system: You are a helpful assistant.
user:
Analyze the provided spectrum to determine if it is a **M-type Giant (gM)**.

A M-type Giant spectrum is defined by its **strong molecular absorption** features, particularly from **Titanium Oxide (TiO)**. You must check for one of the following mutually exclusive signatures:

- **Key Visual Indicators (Absorption-Dominated Spectrum):**

    - **(Primary):** The spectrum is dominated by strong molecular absorption from **Titanium Oxide (TiO)**. This is the **defining feature** of its M-type temperature class.
        - **(Key Bandheads):** Look for sharp, "saw-tooth" absorption valleys. The strongest are located near **~7050 Å**, **~6160 Å**, and **~5170 Å**.
        - **(Line Profile):** The "saw-tooth" morphology is critical: a **sharp, steep drop on the BLUE (short-wavelength) side** of the bandhead, followed by a gradual recovery (rising flux) towards the RED (long-wavelength) side.

    - **(Key Confirmation - Giant vs. Dwarf):** **ABSENCE** of strong **Calcium Hydride (CaH)** molecular bands. This is the primary diagnostic for *excluding* M-dwarfs.
        - **(Key Region):** The spectrum should lack the strong, broad absorption band seen in dwarfs between **~6800 Å and ~7000 Å**.

    - **(Secondary Confirmation - Giant):** A very strong and broad **Neutral Calcium (Ca I)** atomic absorption line.
        - **(Key Line):** Located at **~4226 Å**. In a giant (gM), this line is significantly deeper and broader than the same line in an M-dwarf (dM) due to low surface gravity.

    - **(Overall Spectrum):**
        - The continuum is **extremely red-sloping** (i.e., flux is very low in the blue and rises dramatically towards the red).
        - The entire spectrum appears "chopped up" by the deep TiO bands.

Think first, call **spectral_visualization_tool** if needed to examine features in detail, then provide your final answer. Your response must adhere to the following strict rules:
1.  **Overall Structure:** Your response must follow the format `<think>...</think> <tool_call>...</tool_call> (if a tool is used) <answer>...</answer>`.
2.  **Tool Usage Constraint:** You may only make **one** tool call per turn.
3.  **Final Answer Format:** In the `<answer>` tag, your conclusion must be inside a `\boxed{}` command (e.g., `\boxed{YES}` or `\boxed{NO}`), followed by your justification.

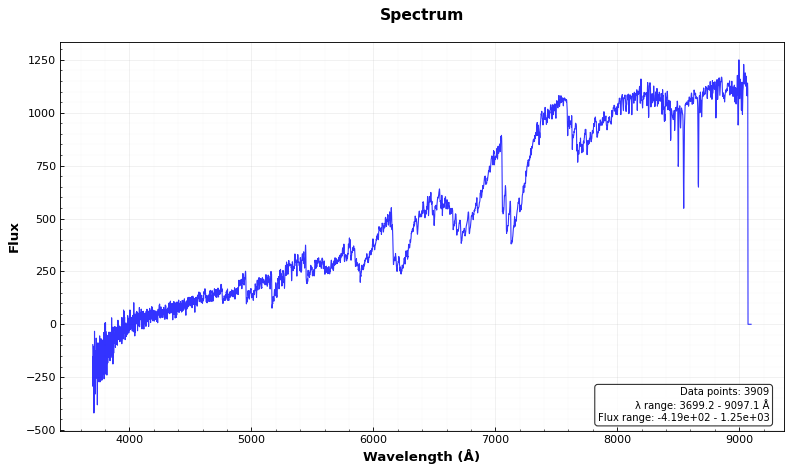
Answer: YES